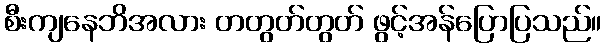
စီးကျနေဘိအလား တတွတ်တွတ် ဖွင့်အန်ပြောပြသည်။